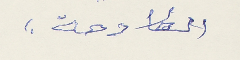
الكادحة.